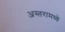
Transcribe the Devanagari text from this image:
अस्तरामध्ये